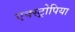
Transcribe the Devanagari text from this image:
एक्स्ट्रोपिया